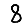
Digit: 8